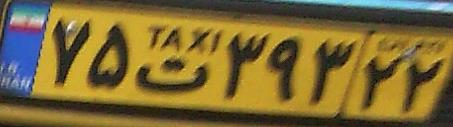
۷۵ت۳۹۳۲۲